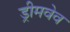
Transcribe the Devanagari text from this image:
ड्रीमवेव